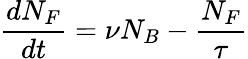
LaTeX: \frac{dN_{F}}{dt}=\nu N_{B}-\frac{N_{F}}{\tau}